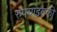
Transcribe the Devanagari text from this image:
रुपयांइतकी